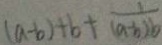
( a - b ) + b + \frac { 1 } { ( a - b ) b }